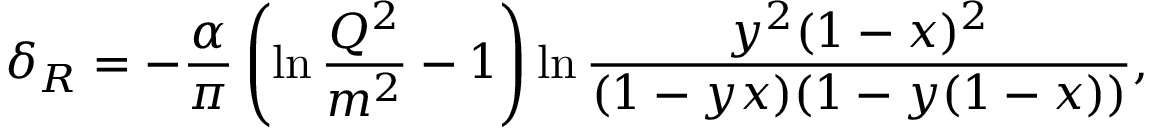
\delta _ { R } = - { \frac { \alpha } { \pi } } \left( \ln { \frac { Q ^ { 2 } } { m ^ { 2 } } } - 1 \right) \ln { \frac { y ^ { 2 } ( 1 - x ) ^ { 2 } } { ( 1 - y x ) ( 1 - y ( 1 - x ) ) } } ,